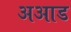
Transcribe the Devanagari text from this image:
अआड